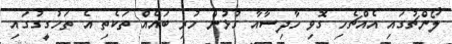
ލޯންޗުގައި އެއްޗެހި ގޮވި ހާދިސާއާ ގުޅުން ހުރި ބައެއް ތަކެތި އެ ތަހުގީގުގައި